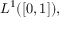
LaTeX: L ^ { 1 } ( [ 0 , 1 ] ) ,